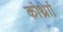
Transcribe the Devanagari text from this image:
कोर्थ्रेाा